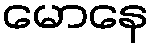
မောနေ